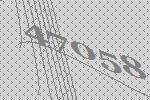
47058